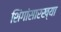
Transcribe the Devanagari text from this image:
शिंगांसारख्या